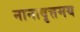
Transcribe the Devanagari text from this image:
नानावृत्तमय